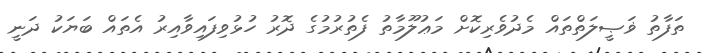
ތަފާތު ޥަޞީލަތްތައް މެދުވެރިކޮށް މަޢުލޫމާތު ފެތުރުމުގެ ދޮރު ހުޅުވިފައިވާއިރު އެތައް ބަޔަކު ދަނީ